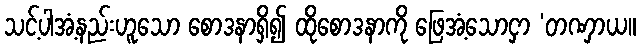
သင့်ပါအံ့နည်းဟူသော စောဒနာရှိ၍ ထိုစောဒနာကို ဖြေအံ့သောငှာ ‘တဏှာယ။